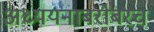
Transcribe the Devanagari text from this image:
अध्ययनाबरोबरच